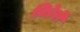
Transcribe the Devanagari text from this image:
विडेरो